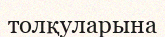
толқуларына